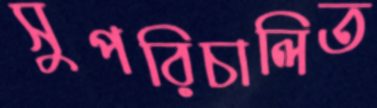
সুপরিচালিত